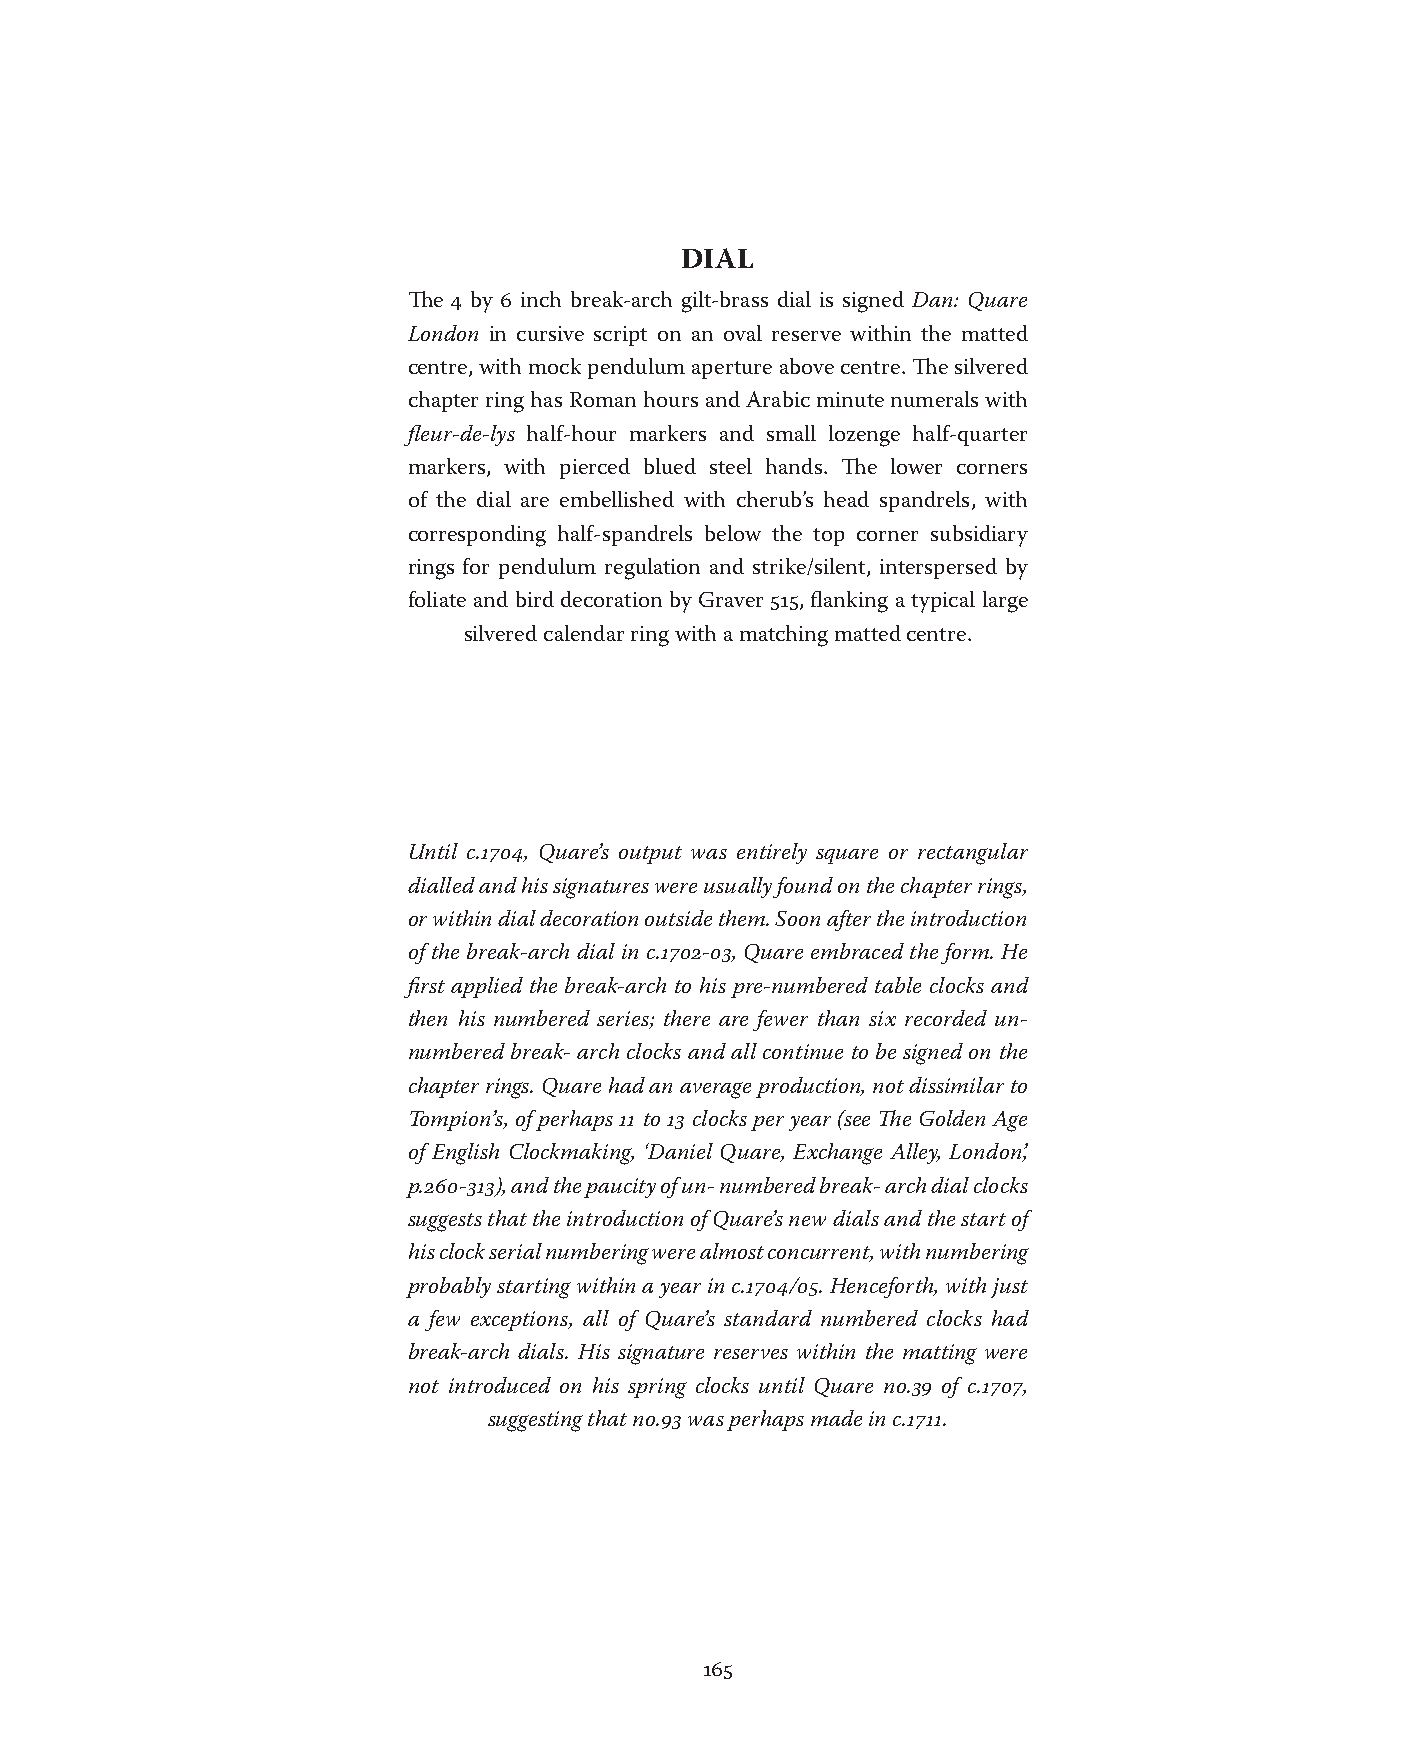
DIAL
 The 4 by 6 inch break-arch gilt-brass dial is signed Dan: Quare
 London in cursive script on an oval reserve within the matted
 centre, with mock pendulum aperture above centre. The silvered
 chapter ring has Roman hours and Arabic minute numerals with
 fleur-de-lys half-hour markers and small lozenge half-quarter
 markers, with pierced blued steel hands. The lower corners
 of the dial are embellished with cherub’s head spandrels, with
 corresponding half-spandrels below the top corner subsidiary
 rings for pendulum regulation and strike/silent, interspersed by
 foliate and bird decoration by Graver 515, flanking a typical large
 silvered calendar ring with a matching matted centre.
 Until c.1704, Quare’s output was entirely square or rectangular
 dialled and his signatures were usually found on the chapter rings,
 or within dial decoration outside them. Soon after the introduction
 of the break-arch dial in c.1702-03, Quare embraced the form. He
 first applied the break-arch to his pre-numbered table clocks and
 then his numbered series; there are fewer than six recorded un-
 numbered break- arch clocks and all continue to be signed on the
 chapter rings. Quare had an average production, not dissimilar to
 Tompion’s, of perhaps 11 to 13 clocks per year (see The Golden Age
 of English Clockmaking, ‘Daniel Quare, Exchange Alley, London’,
 p.260-313), and the paucity of un- numbered break- arch dial clocks
 suggests that the introduction of Quare’s new dials and the start of
 his clock serial numbering were almost concurrent, with numbering
 probably starting within a year in c.1704/05. Henceforth, with just
 a few exceptions, all of Quare’s standard numbered clocks had
 break-arch dials. His signature reserves within the matting were
 not introduced on his spring clocks until Quare no.39 of c.1707,
 suggesting that no.93 was perhaps made in c.1711.
 165